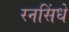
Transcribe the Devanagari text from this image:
रनसिंधे